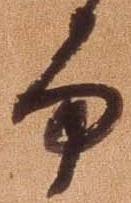
而